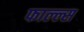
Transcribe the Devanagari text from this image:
फाल्ल्स